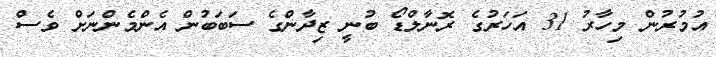
އުމުރުން މިހާރު 31 އަހަރުގެ ރޮނާލްޑޯ ބުނީ ޒިދާންގެ ސަބަބުން އެންމެންނަށް ވެސް